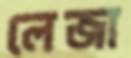
লেজা